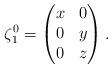
LaTeX: \begin{align*}\zeta_1^0=\begin{pmatrix} x& 0 \\ 0& y\\ 0& z\end{pmatrix}.\end{align*}